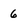
Character: 6